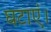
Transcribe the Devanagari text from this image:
घटाएं।